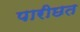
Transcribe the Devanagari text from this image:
पारीछत